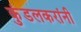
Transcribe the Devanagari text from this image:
कुंडलकरांनी